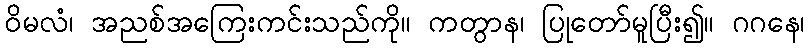
ဝိမလံ၊ အညစ်အကြေးကင်းသည်ကို။ ကတွာန၊ ပြုတော်မူပြီး၍။ ဂဂနေ၊